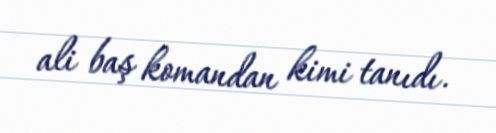
ali baş komandan kimi tanıdı.